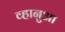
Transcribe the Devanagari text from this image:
व्हानुआ